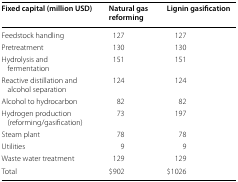
<table><thead><tr><td><b>Fixed capital (million USD)</b></td><td><b>Natural gas reforming</b></td><td><b>Lignin gasification</b></td></tr></thead><tbody><tr><td>Feedstock handling</td><td>127</td><td>127</td></tr><tr><td>Pretreatment</td><td>130</td><td>130</td></tr><tr><td>Hydrolysis and fermentation</td><td>151</td><td>151</td></tr><tr><td>Reactive distillation and alcohol separation</td><td>124</td><td>124</td></tr><tr><td>Alcohol to hydrocarbon</td><td>82</td><td>82</td></tr><tr><td>Hydrogen production (reforming/gasification)</td><td>73</td><td>197</td></tr><tr><td>Steam plant</td><td>78</td><td>78</td></tr><tr><td>Utilities</td><td>9</td><td>9</td></tr><tr><td>Waste water treatment</td><td>129</td><td>129</td></tr><tr><td>Total</td><td>$902</td><td>$1026</td></tr></tbody></table>